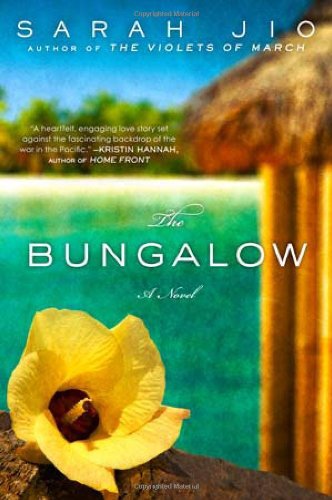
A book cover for The Bungalow: A Novel; Sarah Jio; Romance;